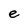
Character: e